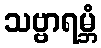
သဗ္ဗာရမ္ဘံ